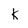
Character: k